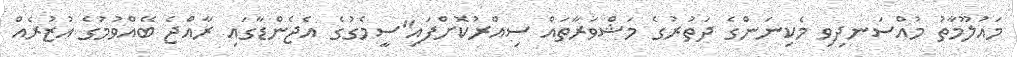
މައުލޫމާތު މުއްސަނދިވި މެކިނަންގެ ދަތުރުގެ މަޝްވަރާތައް ސިއްރުކޮށްފައި"ސީމެގުގެ އެޖެންޑާގައި ރާއްޖެ ބޭއްވުމުގެ އުޒުރެއް